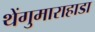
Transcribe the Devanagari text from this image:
थेंगुमाराहाडा